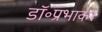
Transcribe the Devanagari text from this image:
डॉ॰प्रभाकर